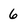
Character: 6